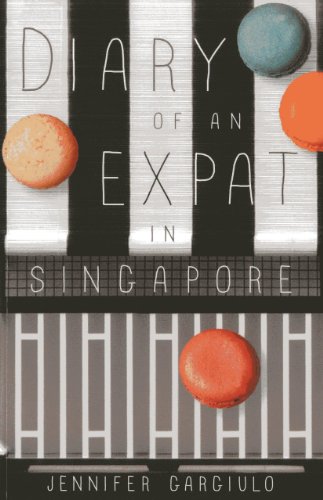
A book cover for Diary of an Expat in Singapore; Jennifer Gargiulo; Travel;